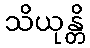
သိယုန္တိ